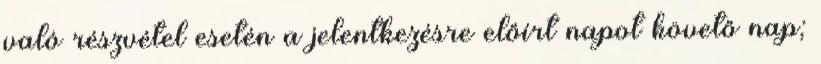
való részvétel esetén a jelentkezésre előírt napot követő nap;